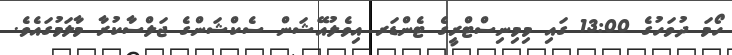
ހޯމަ ދުވަހުގެ 13:00 ގައި މިމިނިސްޓްރީގެ ޓެންޑަރ އިވެލުއޭޝަން ސެކްޝަންގެ ޖަލްސާކުރާ މާލަމުގައެވެ.